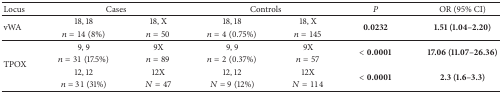
| Locus | <COLSPAN=2> Cases | <COLSPAN=2> Controls | P | OR (95% CI) |
 | --- | --- | --- | --- | --- | --- | --- |
 | <ROWSPAN=2> vWA | 18, 18 | 18, X | 18, 18 | 18, X | <ROWSPAN=2> 0.0232 | <ROWSPAN=2> 1.51 (1.04–2.20) |
 | n = 14 (8%) | n = 50 | n = 4 (0.75%) | n = 145 |
 | <ROWSPAN=4> TPOX | 9, 9 | 9X | 9, 9 | 9X | <ROWSPAN=2> < 0.0001 | <ROWSPAN=2> 17.06 (11.07–26.36) |
 | n = 31 (17.5%) | n = 89 | n = 2 (0.37%) | n = 57 |
 | 12, 12 | 12X | 12, 12 | 12X | <ROWSPAN=2> < 0.0001 | <ROWSPAN=2> 2.3 (1.6–3.3) |
 | n = 31 (31%) | N = 47 | N = 9 (12%) | N = 114 |